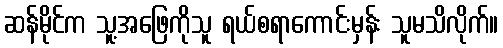
ဆန်မိုင်က သူ့အဖြေကိုသူ ရယ်စရာကောင်းမှန်း သူမသိလိုက်။